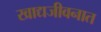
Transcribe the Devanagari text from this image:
खाद्यजीवनात